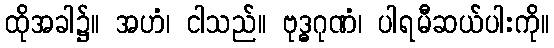
ထိုအခါ၌။ အဟံ၊ ငါသည်။ ဗုဒ္ဓဂုဏံ၊ ပါရမီဆယ်ပါးကို။